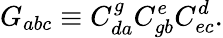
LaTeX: G_{abc}\equiv C_{da}^{g}C_{gb}^{e}C_{ec}^{d}.